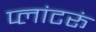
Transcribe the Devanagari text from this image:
प्लांटरूं